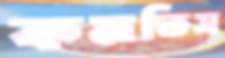
কমতিস